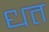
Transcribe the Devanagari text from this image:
धत